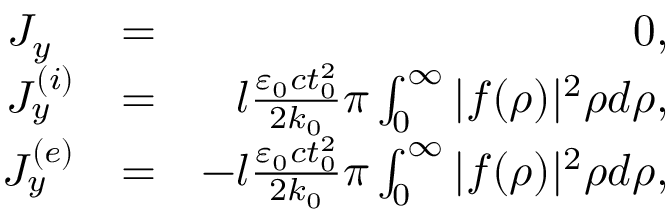
\begin{array} { r l r } { J _ { y } \, \, \, } & { = } & { 0 , } \\ { J _ { y } ^ { ( i ) } } & { = } & { l \frac { \varepsilon _ { 0 } c t _ { 0 } ^ { 2 } } { 2 k _ { 0 } } \pi \int _ { 0 } ^ { \infty } | f ( \rho ) | ^ { 2 } \rho d \rho , } \\ { J _ { y } ^ { ( e ) } } & { = } & { - l \frac { \varepsilon _ { 0 } c t _ { 0 } ^ { 2 } } { 2 k _ { 0 } } \pi \int _ { 0 } ^ { \infty } | f ( \rho ) | ^ { 2 } \rho d \rho , } \end{array}